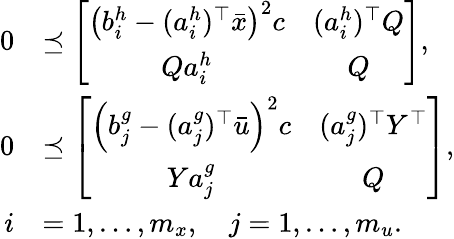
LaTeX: \begin{array}{rl}{0}&{\preceq\left[\begin{array}{cc}{\left(b_{i}^{h}-(a_{i}^{h})^{\top}\bar{x}\right)^{2}c}&{(a_{i}^{h})^{\top}Q}\\ {Qa_{i}^{h}}&{Q}\end{array}\right],}\\ {0}&{\preceq\left[\begin{array}{cc}{\left(b_{j}^{g}-(a_{j}^{g})^{\top}\bar{u}\right)^{2}c}&{(a_{j}^{g})^{\top}Y^{\top}}\\ {Ya_{j}^{g}}&{Q}\end{array}\right],}\\ {i}&{=1,\ldots,m_{x},\quad j=1,\ldots,m_{u}.}\end{array}